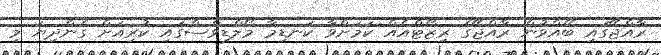
ރާއްޖޭގައި ބޭއްވުން ރާއްޖޭގެ ރިޒޯޓްއެއް ކަމަށްވާ ކަނޑިމާ މޯލްޑިވްސްގައި ކުރިއަށް ގެންދިޔަ މި